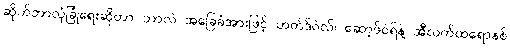
ဆိုက်ဘာလုံခြုံရေးဆိုတာ ဘာလဲ အခြေခံအားဖြင့် ဟတ်ဒ်ဝဲလ်၊ ဆော့ဖ်ဝဲရ်နဲ့ အီလက်ထရောနစ်